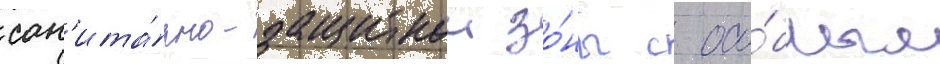
сан'ита́рно-защитнои зо́ны с осо́бым